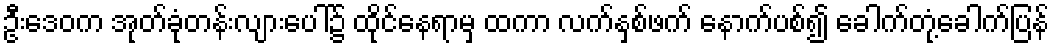
ဦးဒေဝက အုတ်ခုံတန်းလျားပေါ်၌ ထိုင်နေရာမှ ထကာ လက်နှစ်ဖက် နောက်ပစ်၍ ခေါက်တုံ့ခေါက်ပြန်